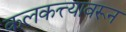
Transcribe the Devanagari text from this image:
कलकत्त्यावरून